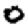
Digit: 0